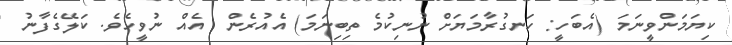
ކިޔަމަންވީނަމަ (އެބަހީ: ހަނގުރާމަޔަށް ނުނިކުމެ ތިބިނަމަ) އެއުރެން  އެއް ނުވީހެވެ. ކަލޭގެފާނު